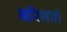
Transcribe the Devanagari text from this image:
बरिगवां